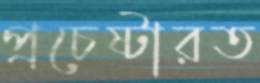
প্রচেষ্টারত